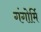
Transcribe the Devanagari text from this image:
गंगोर्मि